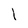
Character: l